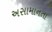
અસામાનતા